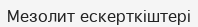
Мезолит ескерткіштері